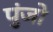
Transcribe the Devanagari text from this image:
पुंजो